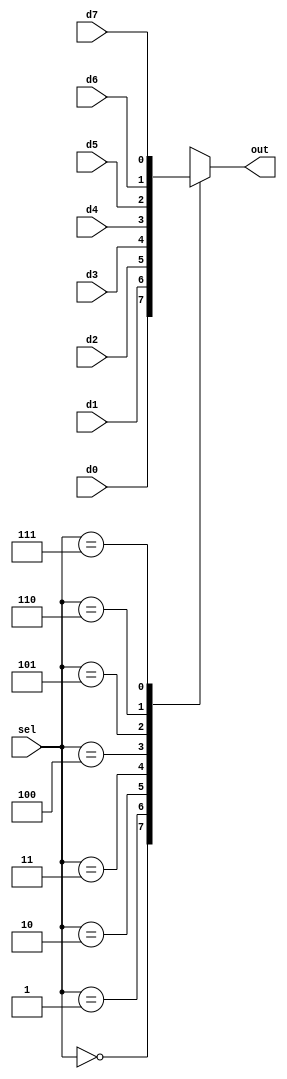
module Mulitplexer(d0,d1,d2,d3,d4,d5,d6,d7,sel,out);
input d0,d1,d2,d3,d4,d5,d6,d7;
input [2:0] sel;
output reg out;
always@(sel)
begin
case(sel)
3'b000:out=d0;
3'b001:out=d1;
3'b010:out=d2;
3'b011:out=d3;
3'b100:out=d4;
3'b101:out=d5;
3'b110:out=d6;
3'b111:out=d7;
endcase
end
endmodule


`timescale 1ns / 1ps

////////////////
module TestModule;
// Inputs
reg d0;
reg d1;
reg d2;
reg d3;
reg d4;
reg d5;
reg d6;
reg d7;
reg [2:0] sel;

// Outputs
wire out;

// Instantiate the Unit Under Test (UUT)
Mulitplexer uut (
.d0(d0),
.d1(d1),
.d2(d2),
.d3(d3),
.d4(d4),
.d5(d5),
.d6(d6),
.d7(d7),
.sel(sel),
.out(out)
);

initial begin
// Initialize Inputs
d0 = 0;
d1 = 0;
d2 = 0;
d3 = 0;
d4 = 0;
d5 = 0;
d6 = 0;
d7 = 0;
sel = 0;

// Wait 100 ns for global reset to finish
#100;

d0 = 0;
d1 = 0;
d2 = 0;
d3 = 0;
d4 = 1;
d5 = 1;
d6 = 0;
d7 = 1;
sel = 5;

// Wait 100 ns for global reset to finish
#100;

// Add stimulus here
end
endmodule